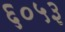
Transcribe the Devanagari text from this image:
६०५३